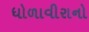
ધોળાવીરાનો